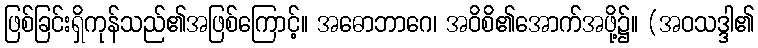
ဖြစ်ခြင်းရှိကုန်သည်၏အဖြစ်ကြောင့်။ အဓောဘာဂေ၊ အဝိစိ၏အောက်အဖို့၌။ (အဝသဒ္ဒါ၏